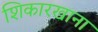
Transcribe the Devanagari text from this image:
शिकारखाना